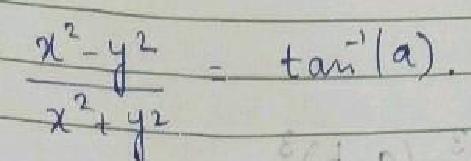
\[\frac{x^{2}-y^{2}}{x^{2}+y^{2}}=\tan^{-1}(a).\]